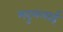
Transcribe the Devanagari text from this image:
मदुमलाई